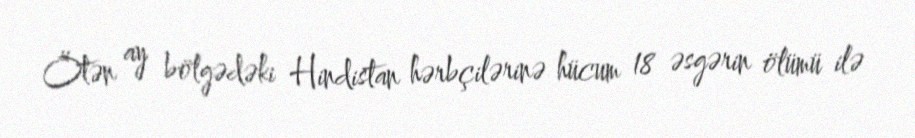
Ötən ay bölgədəki Hindistan hərbçilərinə hücum 18 əsgərin ölümü ilə